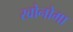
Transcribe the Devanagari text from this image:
खोनोमा